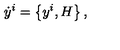
\dot { y } ^ { i } = \left\{ y ^ { i } , H \right\} ,